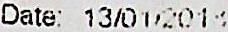
DATE: 13/01/2018